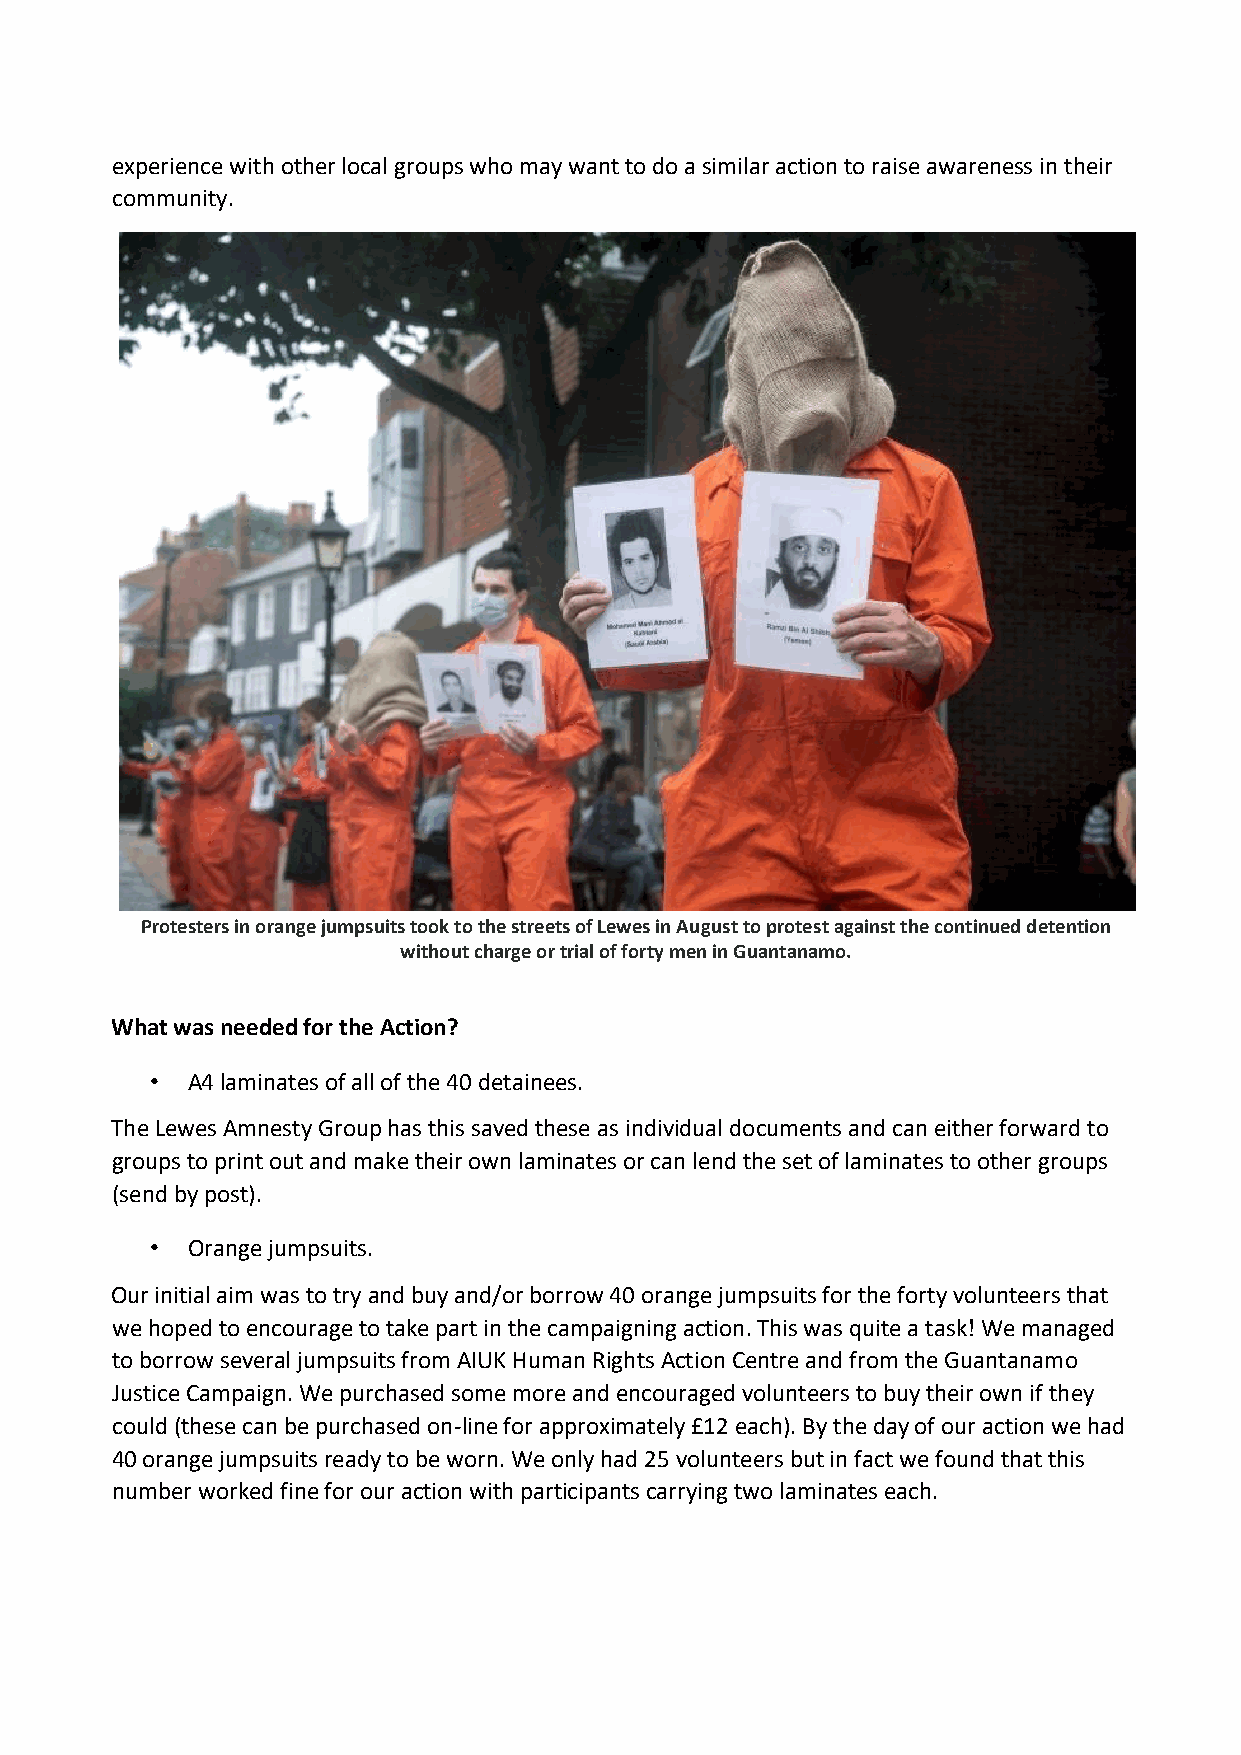
experience with other local groups who may want to do a similar action to raise awareness in their
 community.
 Protesters in orange jumpsuits took to the streets of Lewes in August to protest against the continued detention
 without charge or trial of forty men in Guantanamo.
 What was needed for the Action?
 • A4 laminates of all of the 40 detainees.
 The Lewes Amnesty Group has this saved these as individual documents and can either forward to
 groups to print out and make their own laminates or can lend the set of laminates to other groups
 (send by post).
 • Orange jumpsuits.
 Our initial aim was to try and buy and/or borrow 40 orange jumpsuits for the forty volunteers that
 we hoped to encourage to take part in the campaigning action. This was quite a task! We managed
 to borrow several jumpsuits from AIUK Human Rights Action Centre and from the Guantanamo
 Justice Campaign. We purchased some more and encouraged volunteers to buy their own if they
 could (these can be purchased on-line for approximately £12 each). By the day of our action we had
 40 orange jumpsuits ready to be worn. We only had 25 volunteers but in fact we found that this
 number worked fine for our action with participants carrying two laminates each.